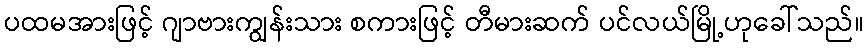
ပထမအားဖြင့် ဂျာဗားကျွန်းသား စကားဖြင့် တီမားဆက် ပင်လယ်မြို့ဟုခေါ်သည်။